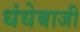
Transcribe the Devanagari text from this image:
धंधेबाजी